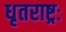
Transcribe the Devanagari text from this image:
धृतराष्ट्रः